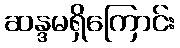
ဆန္ဒမရှိကြောင်း